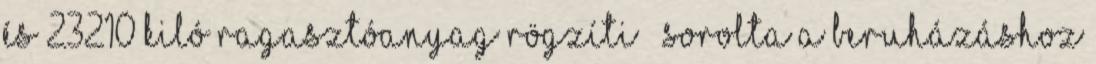
és 23210 kiló ragasztóanyag rögzíti – sorolta a beruházáshoz